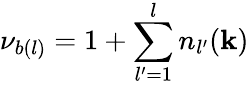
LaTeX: \nu_{b(l)}=1+\sum_{l^{\prime}=1}^{l}n_{l^{\prime}}(\mathbf{k})